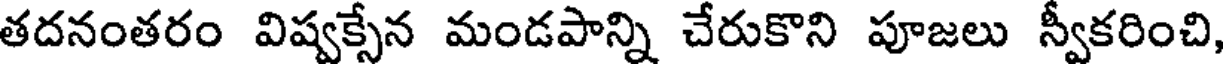
తదనంతరం విష్వక్సేన మండపాన్ని చేరుకొని పూజలు స్వీకరించి,